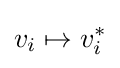
v_{i}\mapsto v_{i}^{*}